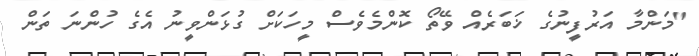
"މަންމާ އަރުފީނުގެ ޚަބަރެއް ވޭތޯ ކޮންމެވެސް މީހަކަށް ގުޅަންވީނު އެގެ ހުންނަ ތަން